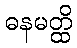
ဓနမတ္ထိ